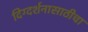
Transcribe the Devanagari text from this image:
दिग्दर्शनासाठीचा